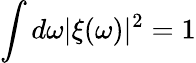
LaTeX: \int d\omega|\xi(\omega)|^{2}=1